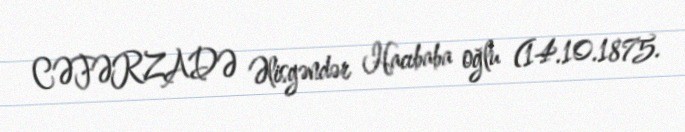
CƏFƏRZADƏ Əlisgəndər Hacıbaba oğlu (14.10.1875.